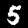
Digit: 5